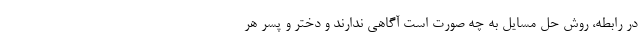
در رابطه، روش حل مسایل به چه صورت است آگاهی ندارند و دختر و پسر هر